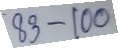
83 - 100